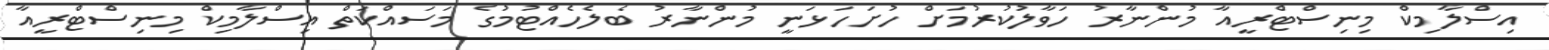
އިސްލާމިކް މިނިސްޓްރީއާ މުންނާރު ހަވާލުކުރުމަށް ހުށަހަޅަނީ މުންނާރު ބެލެހެއްޓުމުގެ މަސައްކަތް އިސްލާމިކް މިނިސްޓްރީއާ